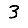
Digit: 3